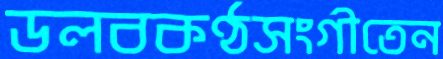
ডলবকণ্ঠসংগীতেন